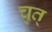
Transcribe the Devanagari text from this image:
चुत्